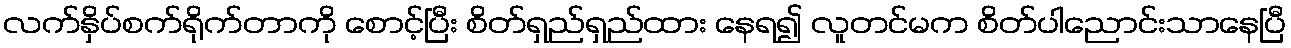
လက်နှိပ်စက်ရိုက်တာကို စောင့်ပြီး စိတ်ရှည်ရှည်ထား နေရ၍ လူတင်မက စိတ်ပါညောင်းသာနေပြီ